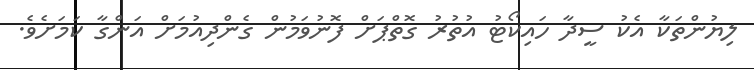
ލިޔުންތަކާ އެކު ސީދާ ހައިކޯޓު އުތުރު ގޮތްޕަށް ފޮނުވަމުން ގެންދިއުމަށް އަންގާ ކަމަށެވެ.